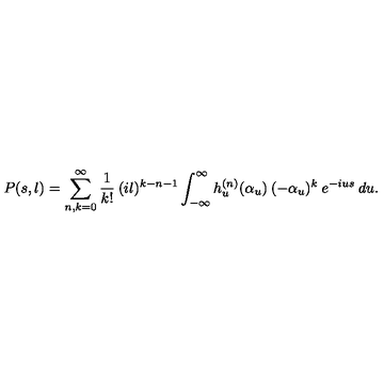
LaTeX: P ( s , l ) = \sum _ { n , k = 0 } ^ { \infty } \frac { 1 } { k ! } \: ( i l ) ^ { k - n - 1 } \int _ { - \infty } ^ { \infty } h _ { u } ^ { ( n ) } ( \alpha _ { u } ) \: ( - \alpha _ { u } ) ^ { k } \: e ^ { - i u s } \: d u .